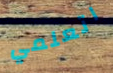
اتعلمي